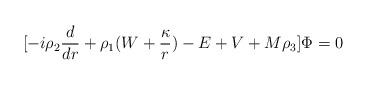
LaTeX: \begin{align*}\lbrack -i\rho_2{d\over dr} +\rho_1(W+{\kappa\over r})-E+V+M\rho_3\rbrack\Phi=0\end{align*}